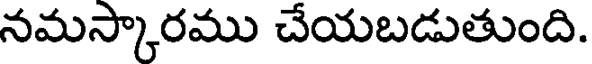
నమస్కారము చేయబడుతుంది.